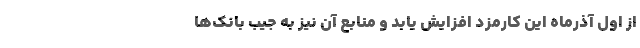
از اول آذرماه این کارمزد افزایش یابد و منابع آن نیز به جیب بانک‌ها